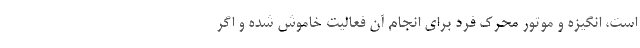
است، انگیزه و موتور محرک فرد برای انجام آن فعالیت خاموش شده و اگر